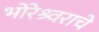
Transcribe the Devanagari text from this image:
भोरेश्र्वराचे